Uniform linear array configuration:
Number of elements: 12
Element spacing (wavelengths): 0.25
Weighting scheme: hamming
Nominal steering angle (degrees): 15
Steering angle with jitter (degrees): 16.603
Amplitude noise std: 0.05
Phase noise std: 0.05

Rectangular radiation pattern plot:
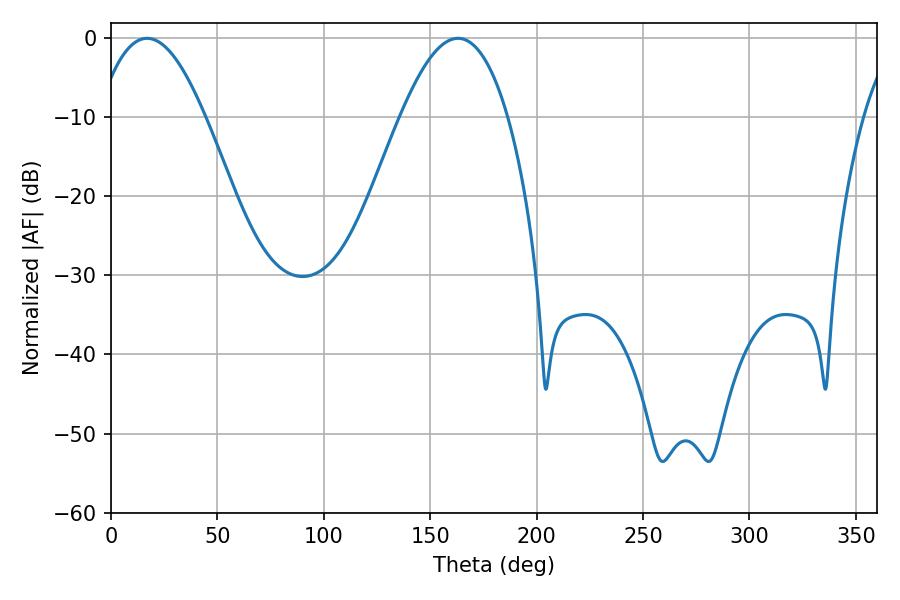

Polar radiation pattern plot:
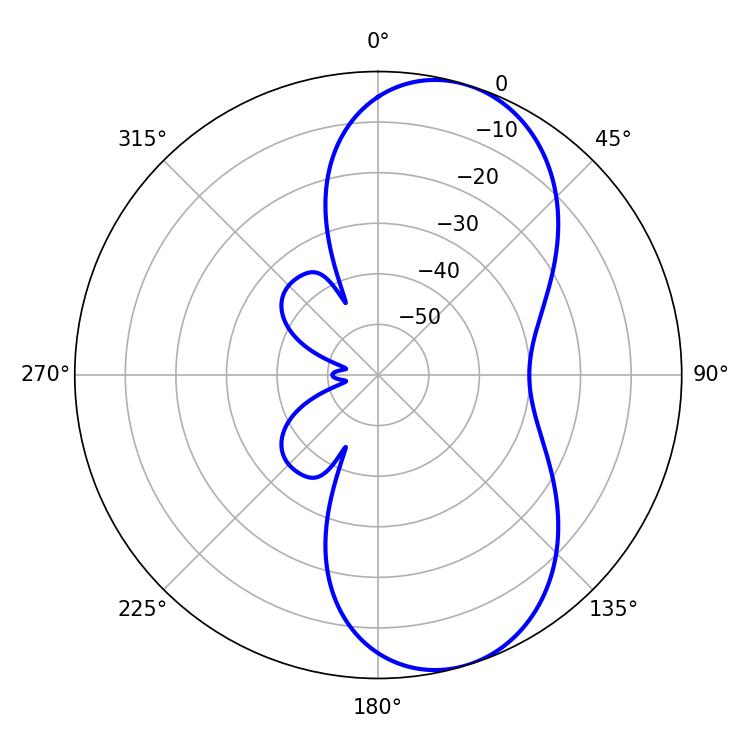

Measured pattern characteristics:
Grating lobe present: FALSE
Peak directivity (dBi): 7.943
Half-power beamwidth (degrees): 27.54
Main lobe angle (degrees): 16.92